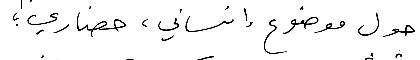
حول موضوع إنساني ، حضاري؛